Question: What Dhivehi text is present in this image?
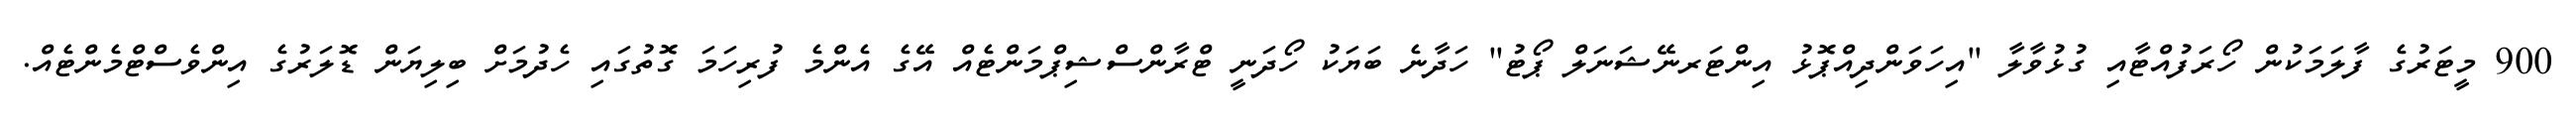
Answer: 900 މީޓަރުގެ ފާލަމަކުން ހޯރަފުއްޓާއި ގުޅުވާލާ "އިހަވަންދިއްޕޮޅު އިންޓަރނޭޝަނަލް ޕޯޓު" ހަދާނެ ބަޔަކު ހޯދަނީ ޓްރާންސްޝިޕްމަންޓެއް އޭގެ އެންމެ ފުރިހަމަ ގޮތުގައި ހެދުމަށް ބިލިޔަން ޑޮލަރުގެ އިންވެސްޓްމެންޓެއް.